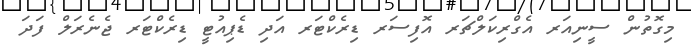
މިގޮތުން ސީނިއަރ އެގްރިކަލްޗަރ އޮފިސަރ ޑިރެކްޓަރ އަދި ޑެޕިއުޓީ ޑިރެކްޓަރ ޖެނެރަލް ފަދަ